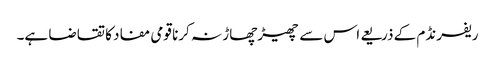
ریفرنڈم کے ذریعے اس سے چھیڑچھاڑ نہ کرنا قومی مفاد کا تقاضا ہے۔